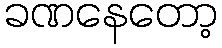
ခဏနေတော့